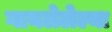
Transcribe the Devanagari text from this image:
गायलेलेल्या